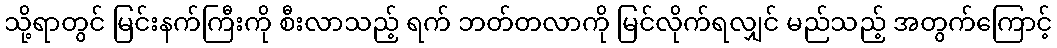
သို့ရာတွင် မြင်းနက်ကြီးကို စီးလာသည့် ရက် ဘတ်တလာကို မြင်လိုက်ရလျှင် မည်သည့် အတွက်ကြောင့်